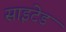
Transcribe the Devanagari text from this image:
साइटेड